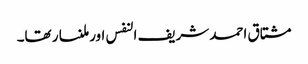
مشتاق احمد شریف النفس اور ملنسار تھا۔